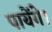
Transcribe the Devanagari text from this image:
पायेँगे।